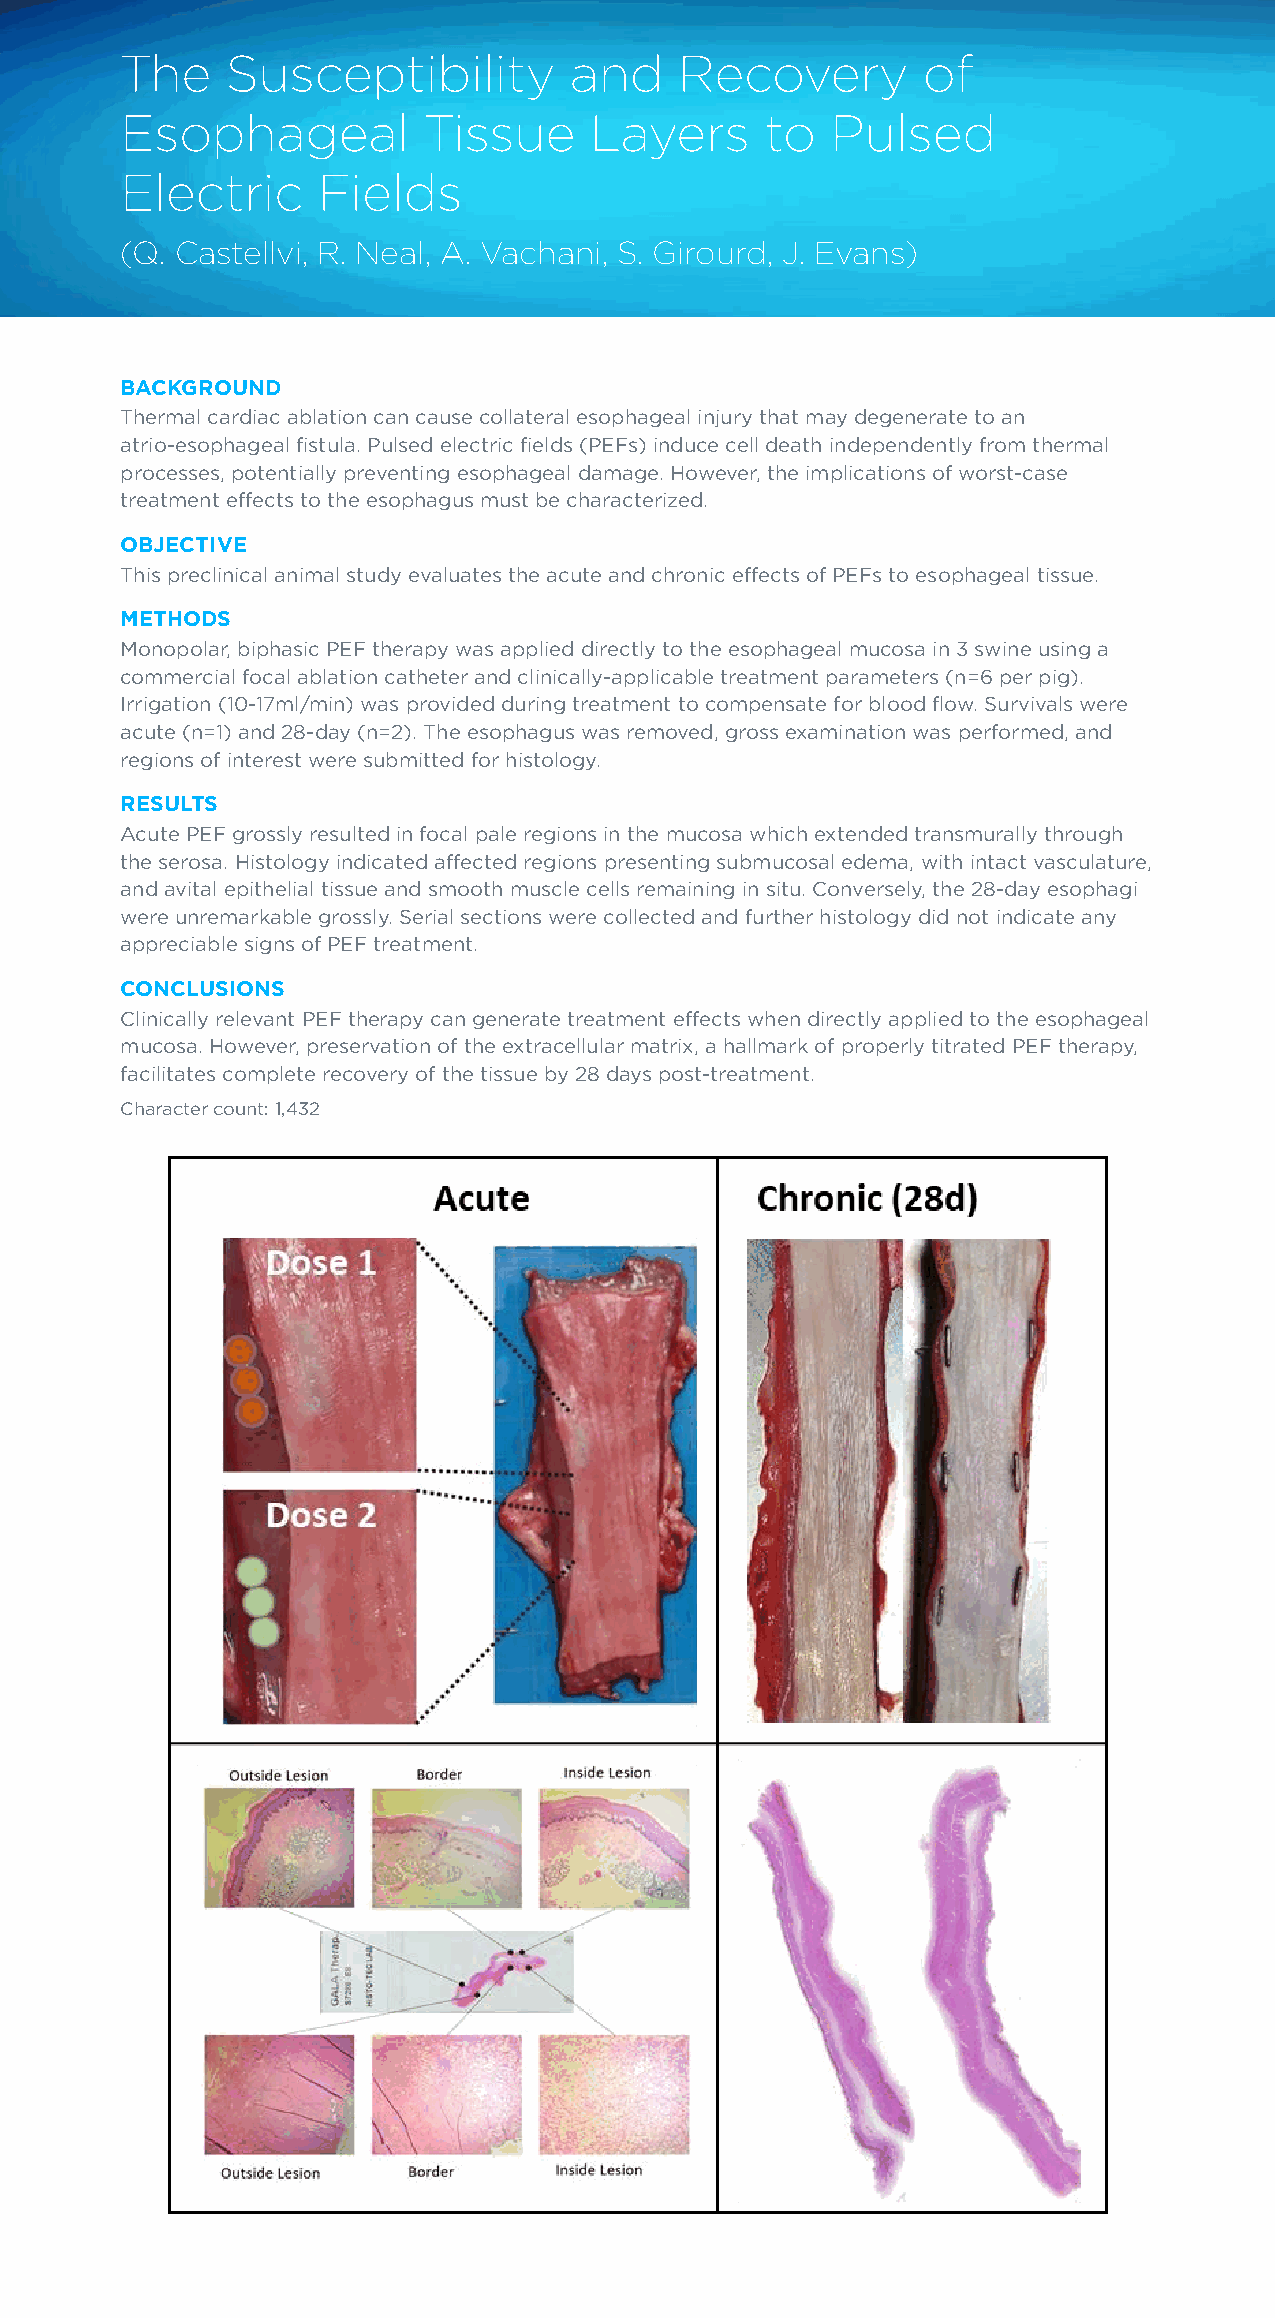
The    Susceptibility         and    Recovery        of
 Esophageal          Tissue     Layers      to  Pulsed
 Electric     Fields
 (Q. Castellvi, R. Neal, A. Vachani, S. Girourd, J. Evans)
 BACKGROUND
 Thermal cardiac ablation can cause collateral esophageal injury that may degenerate to an
 atrio-esophageal fistula. Pulsed electric fields (PEFs) induce cell death independently from thermal
 processes, potentially preventing esophageal damage. However, the implications of worst-case
 treatment effects to the esophagus must be characterized.
 OBJECTIVE
 This preclinical animal study evaluates the acute and chronic effects of PEFs to esophageal tissue.
 METHODS
 Monopolar, biphasic PEF therapy was applied directly to the esophageal mucosa in 3 swine using a
 commercial focal ablation catheter and clinically-applicable treatment parameters (n=6 per pig).
 Irrigation (10-17ml/min) was provided during treatment to compensate for blood flow. Survivals were
 acute (n=1) and 28-day (n=2). The esophagus was removed, gross examination was performed, and
 regions of interest were submitted for histology.
 RESULTS
 Acute PEF grossly resulted in focal pale regions in the mucosa which extended transmurally through
 the serosa. Histology indicated affected regions presenting submucosal edema, with intact vasculature,
 and avital epithelial tissue and smooth muscle cells remaining in situ. Conversely, the 28-day esophagi
 were unremarkable grossly. Serial sections were collected and further histology did not indicate any
 appreciable signs of PEF treatment.
 CONCLUSIONS
 Clinically relevant PEF therapy can generate treatment effects when directly applied to the esophageal
 mucosa. However, preservation of the extracellular matrix, a hallmark of properly titrated PEF therapy,
 facilitates complete recovery of the tissue by 28 days post-treatment.
 Character count: 1,432